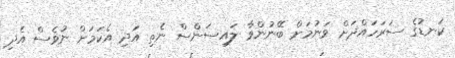
ކަނޑުގެ ސަރަހައްދަށް ވަނުމަށް ބޭނުންވާ ލައިސަންސް ނެތި އަދި އެކަމަށް ނުވެސް އެދި